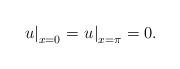
LaTeX: \begin{align*}{\left. u \right|_{x = 0}} = {\left. u \right|_{x = \pi }} = 0. \end{align*}